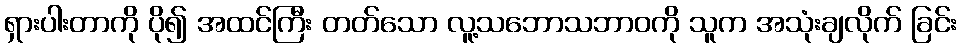
ရှားပါးတာကို ပို၍ အထင်ကြီး တတ်သော လူ့သဘောသဘာဝကို သူက အသုံးချလိုက် ခြင်း